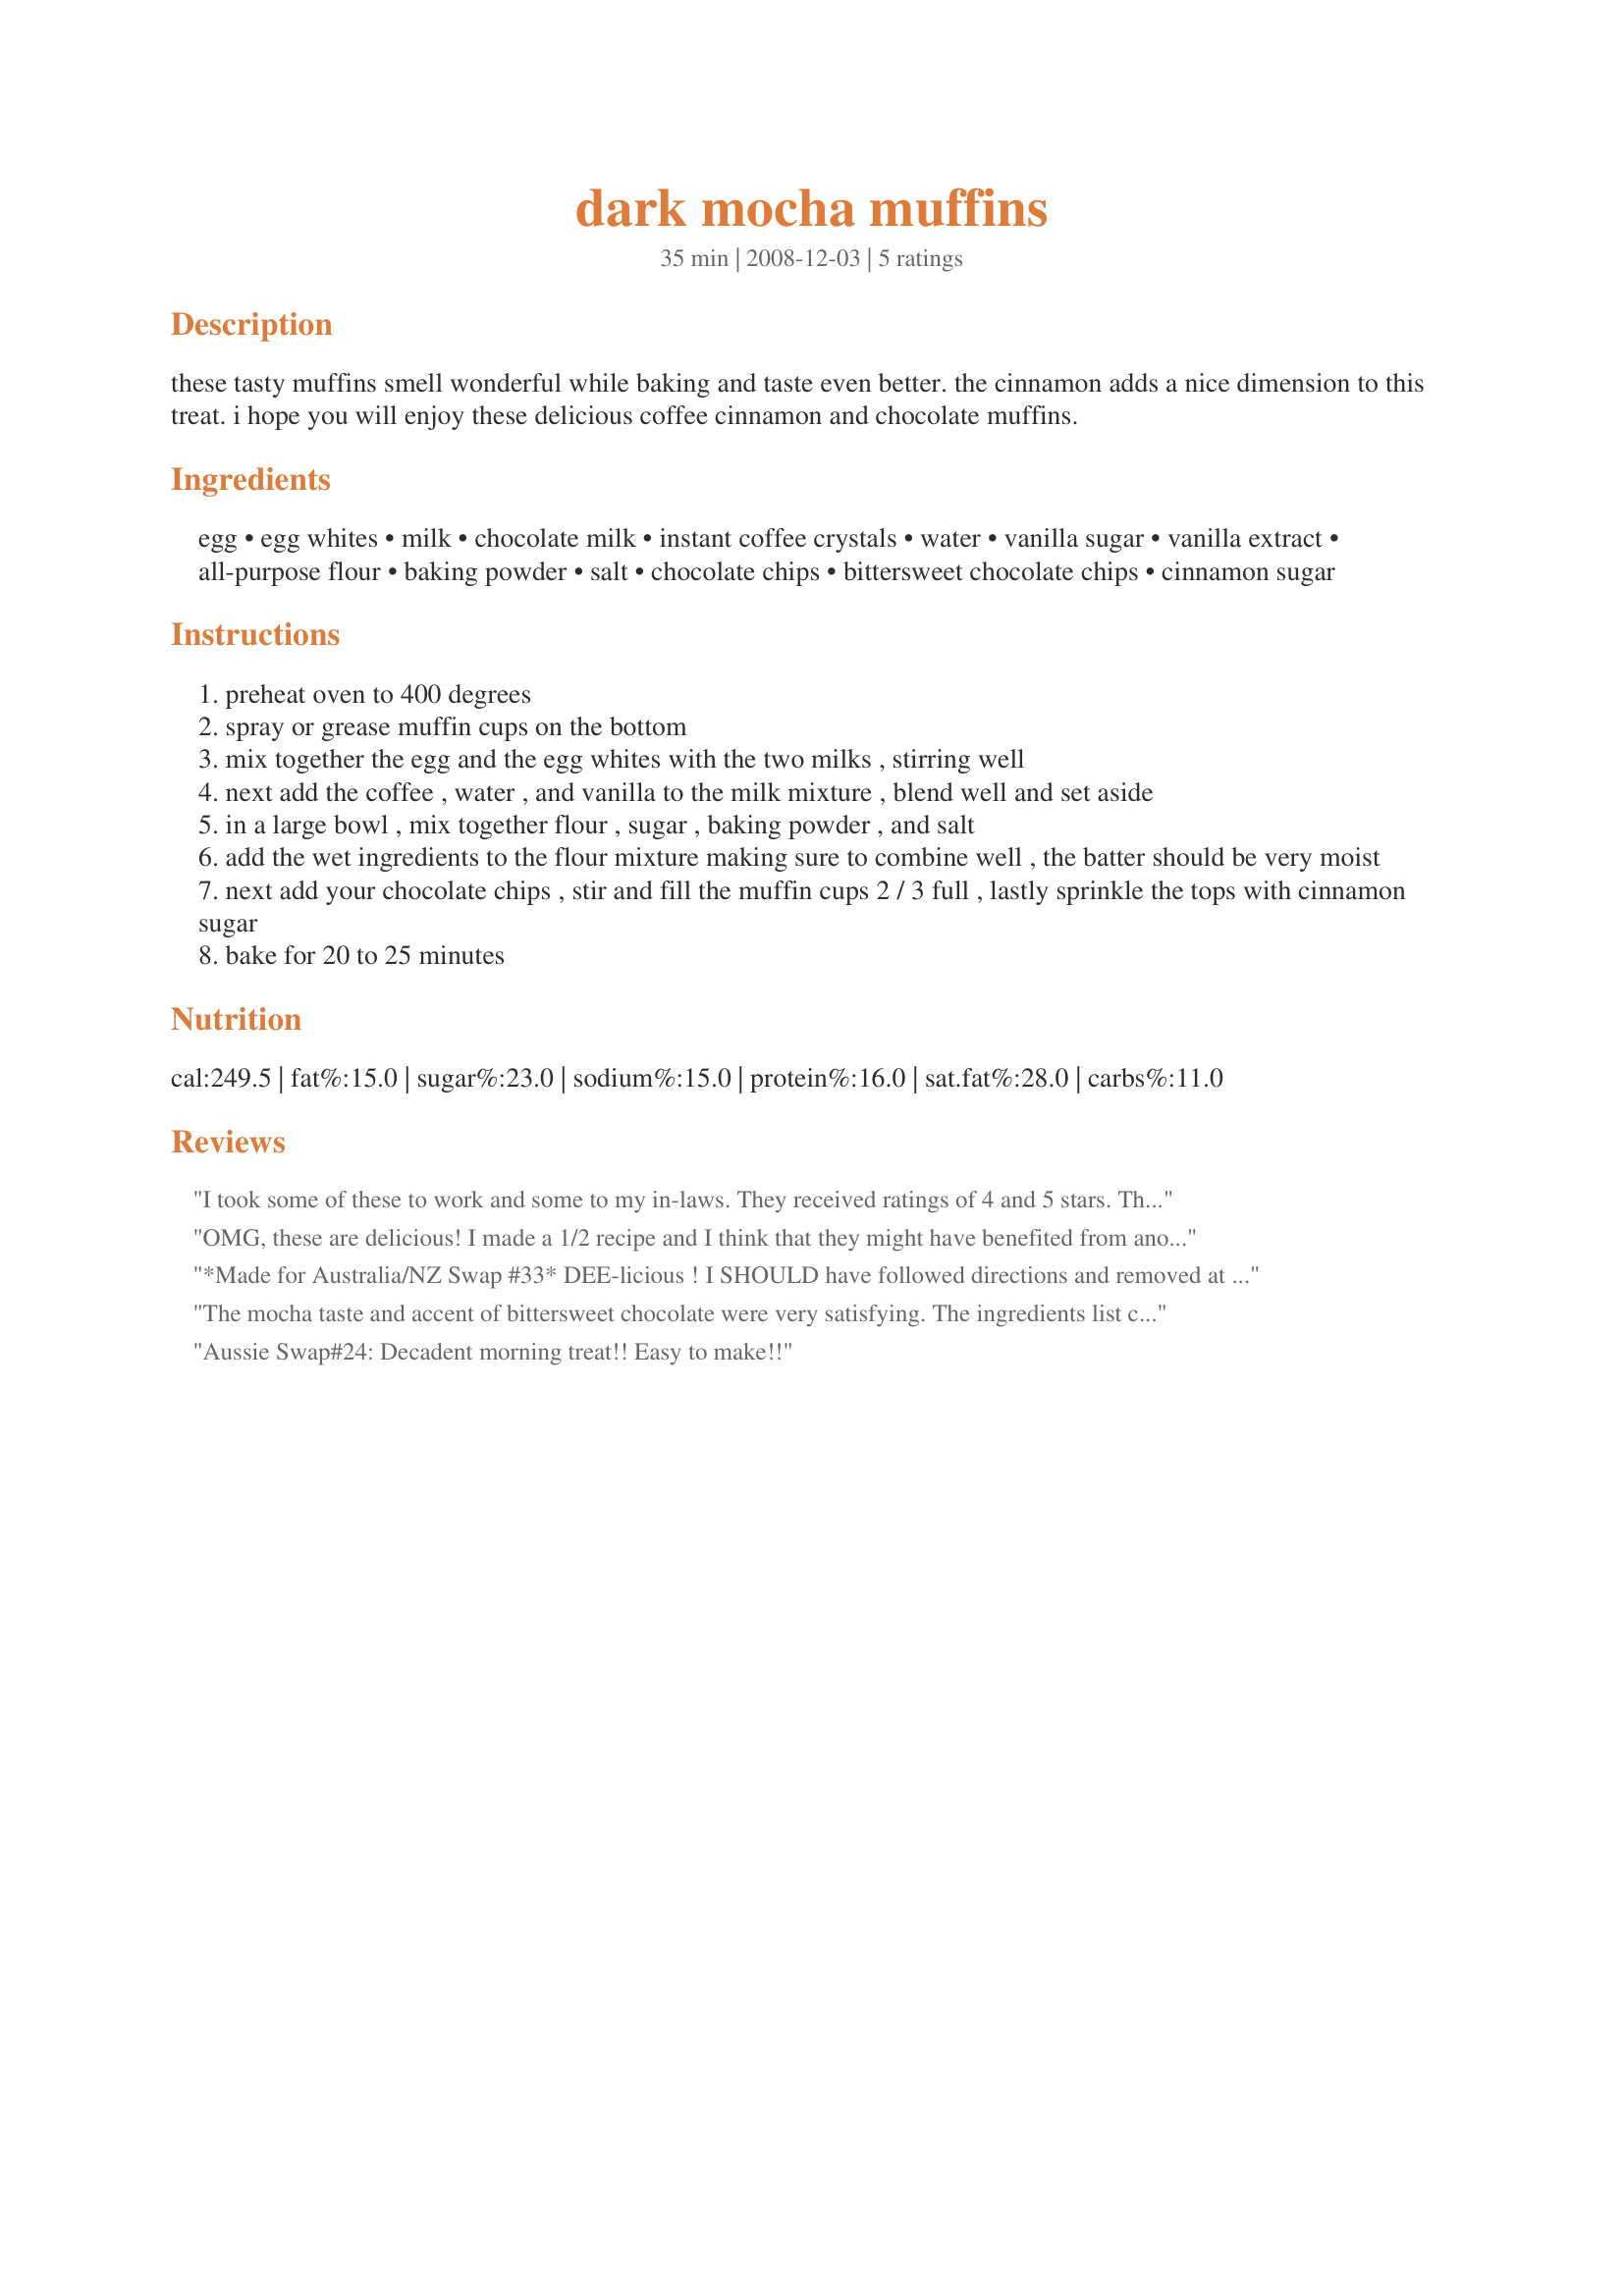
dark mocha muffins
Preparation time: 35 minutes

these tasty muffins smell wonderful while baking and taste even better.
the cinnamon adds a nice dimension to this treat. i hope you will enjoy these delicious coffee cinnamon and chocolate muffins.

Ingredients:
egg, egg whites, milk, chocolate milk, instant coffee crystals, water, vanilla sugar, vanilla extract, all-purpose flour, baking powder, salt, chocolate chips, bittersweet chocolate chips, cinnamon sugar

Steps:
preheat oven to 400 degrees
spray or grease muffin cups on the bottom
mix together the egg and the egg whites with the two milks , stirring well
next add the coffee , water , and vanilla to the milk mixture , blend well and set aside
in a large bowl , mix together flour , sugar , baking powder , and salt
add the wet ingredients to the flour mixture making sure to combine well , the batter should be very moist
next add your chocolate chips , stir and fill the muffin cups 2 / 3 full , lastly sprinkle the tops with cinnamon sugar
bake for 20 to 25 minutes

Reviews:
I took some of these to work and some to my in-laws. They received ratings of 4 and 5 stars. They taste delicious, but the texture is different than the usual muffins. The batter is wet, almost like a cake batter, but the muffins had a more spongy texture. All in all, the muffins were very well received. Made for February 2012 Cooking from the Pantry Challenge Game.
OMG, these are delicious! I made a 1/2 recipe and I think that they might have benefited from another tbsp of liquid as the dough was really stiff, however this was entirely my fault as I missed adding adding the eggwhites(oops). This, in no way, diminished the exquisite flavor the recipe delivers. I didn't have milk chocolate (and don't much like using it) so I used 2 tbs of cocoa in place of it. I used Grand Marnier to dissolve the coffee instead of water and, of course, Splenda for the sugar. The bittersweet chocolate is so rich and deep that it's pure chocolate nirvana. Add to the sensual pleasure of the bittersweet and coffee mocha the fact that it has NO added fat and whats not to love? Made for Santa's Secret in Photo Tag.
*Made for Australia/NZ Swap #33*
DEE-licious ! I SHOULD have followed directions and removed at 20 minutes, but failed the toothpick test -- too wet ! I used mini-bittersweet chocolate chips and cinnamon chips, too. Will be breakfast for the next few days ! Thanks for posting, BK !
The mocha taste and accent of bittersweet chocolate were very satisfying. The ingredients list changed from when I tagged the recipe, and it needs reordering for the sequence used as it was very confusing to me. The reordering meant that I missed the milk chocolate chips now appearing just before the bittersweet chips. I used 1 cup soymilk and 2 teaspoons chocolate syrup instead of 1/2 cup milk and 1/2 cup chocolate milk, to use what I had for the switcheroo from the original 1/2 cup milk chocolate. I used 3/4 teaspoon sugar and 1/4 teaspoon ground cinnamon for the cinnamon sugar and had just enough! It would help a lot to enter the correct ingredient name for what is intended (or is this a case of U.S. vs. Canadian terminology?). The batter was so liquid that my Ghiradelli bittersweet chips fell to the bottom of the muffin, so it might help to use mini chips. The recipe made 12 cupcake-sized muffins, with a little batter to spare (but not enough to warrant pulling out another cupcake pan). Bottom line: DH and I loved our muffins! Thanks for posting, Baby Kato. Made for Newest Zaar Tag.
Aussie Swap#24: Decadent morning treat!! Easy to make!!
